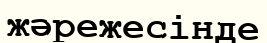
жәрежесінде